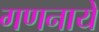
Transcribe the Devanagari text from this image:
गणनाये